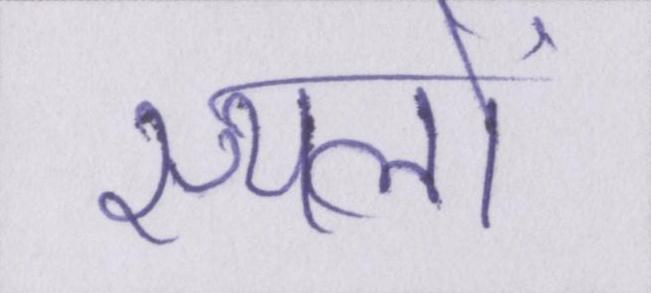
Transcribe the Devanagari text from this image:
स्थलों